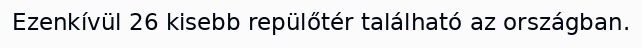
Ezenkívül 26 kisebb repülőtér található az országban.